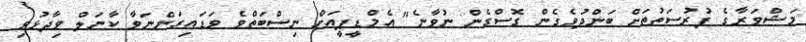
މަޝްވަރާގެ ފުރުސަތުތަށް ބަންދުވެގެން ގޮސްގެން ނުވާނެ" އެމްޑީޕީއަށް ނިސްބަތްވެ ވަޑައިގަންނަވާ ކާނަލް ވިދާޅުވި